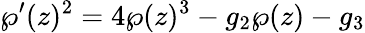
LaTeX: \wp^{\prime}(z)^{2}=4\wp(z)^{3}-g_{2}\wp(z)-g_{3}